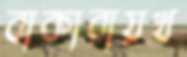
বাকারায়খ